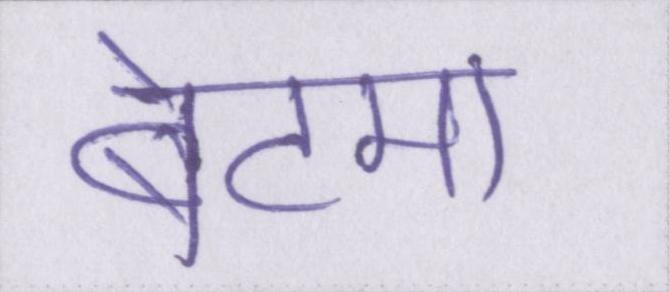
बेटमा